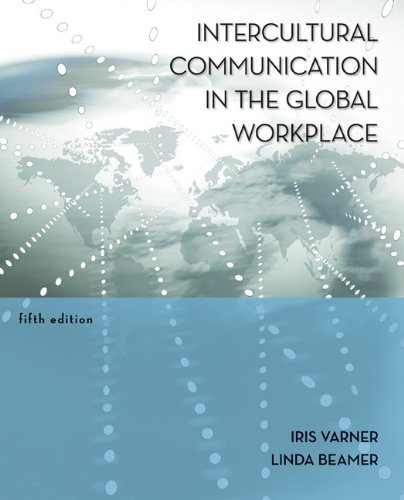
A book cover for Intercultural Communication in the Global Workplace; Iris Varner; Business & Money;